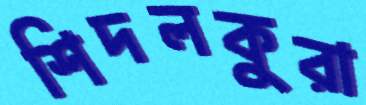
শিদলকুরা